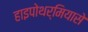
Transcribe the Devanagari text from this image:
हाइपोथर्मियासे